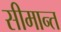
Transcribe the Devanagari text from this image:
सीमान्‍त